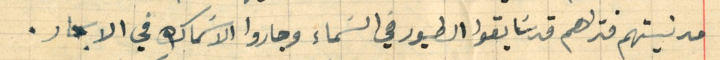
مدنيتهم فتراهم قد سَابقوا الطيور في السَماء وجاروا الاسَماك في الابحار.